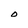
Character: o